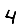
Digit: 4